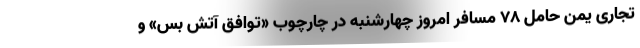
تجاری یمن حامل ۷۸ مسافر امروز چهارشنبه در چارچوب «توافق آتش بس» و